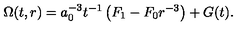
\Omega ( t , r ) = a _ { 0 } ^ { - 3 } t ^ { - 1 } \left( F _ { 1 } - F _ { 0 } r ^ { - 3 } \right) + G ( t ) .